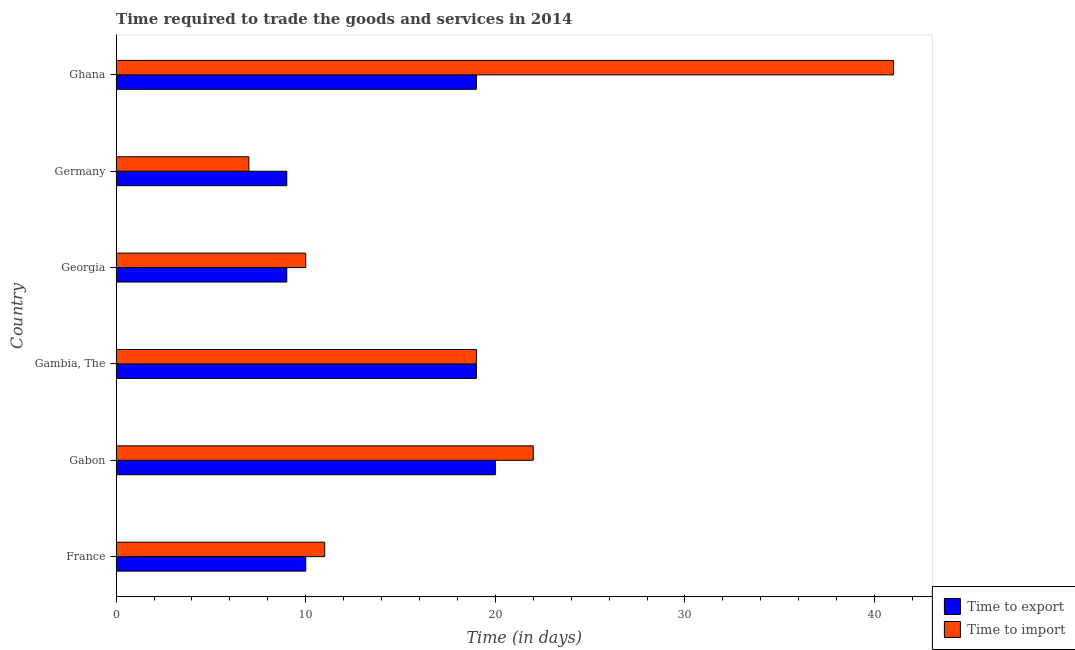
| Country | Time to export | Time to import |
 | --- | --- | --- |
 | France | 10 | 11 |
 | Gabon | 20 | 22 |
 | Gambia, The | 19 | 19 |
 | Georgia | 9 | 10 |
 | Germany | 9 | 7 |
 | Ghana | 19 | 41 |